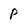
Character: P